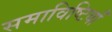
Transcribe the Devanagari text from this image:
समाविष्टियाँ